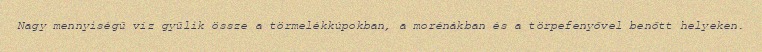
Nagy mennyiségű víz gyűlik össze a törmelékkúpokban, a morénákban és a törpefenyővel benőtt helyeken.